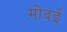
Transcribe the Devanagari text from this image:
मोदई